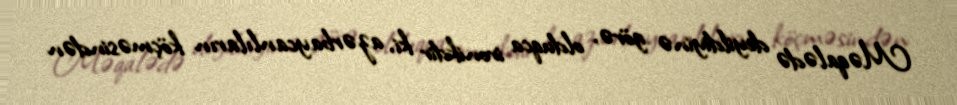
Məqalədə deyildiyinə görə, olduqca ironikdir ki, azərbaycanlıların köçməsindən